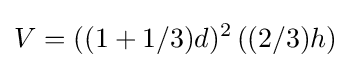
V=((1+1/3)d)^{2}\,((2/3)h)